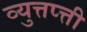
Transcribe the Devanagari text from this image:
व्युत्तप्त्ती